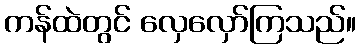
ကန်ထဲတွင် လှေလှော်ကြသည်။